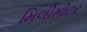
મિલીમીટર